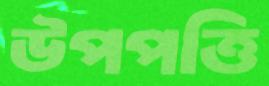
উপপত্তি